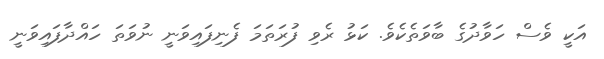
އަކީ ވެސް ހަވާދުގެ ބާވަތެކެވެ. ކަޅު ރެވި ފުރަތަމަ ފެނިފައިވަނީ ނުވަތަ ހައްދާފައިވަނީ